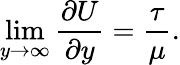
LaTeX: \operatorname*{lim}_{y\rightarrow\infty}\frac{\partial U}{\partial y}=\frac{\tau}{\mu}.